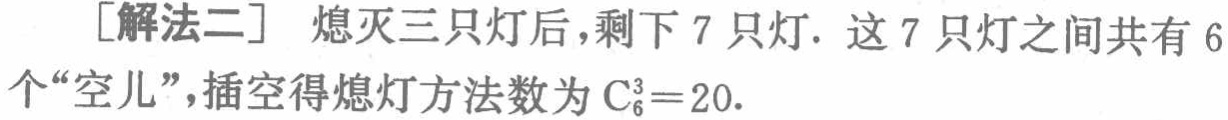
[解法二] 熄灭三只灯后，剩下 7 只灯. 这 7 只灯之间共有 6 个“空儿”，插空得熄灯方法数为 \(C_{6}^{3}=20\).